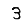
Digit: 3